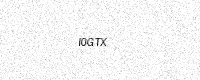
Text: I0GTX